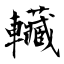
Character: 𰹬